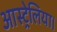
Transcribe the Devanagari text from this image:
आस्ट्रेलिया।